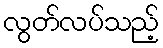
လွတ်လပ်သည့်